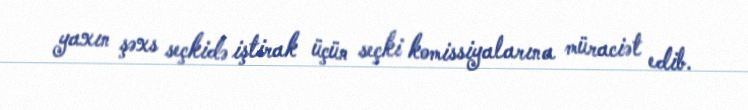
yaxın şəxs seçkidə iştirak üçün seçki komissiyalarına müraciət edib.